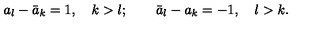
a _ { l } - \bar { a } _ { k } = 1 , \quad k > l ; \quad \quad \bar { a } _ { l } - a _ { k } = - 1 , \quad l > k .